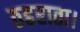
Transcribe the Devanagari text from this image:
ठहराता।